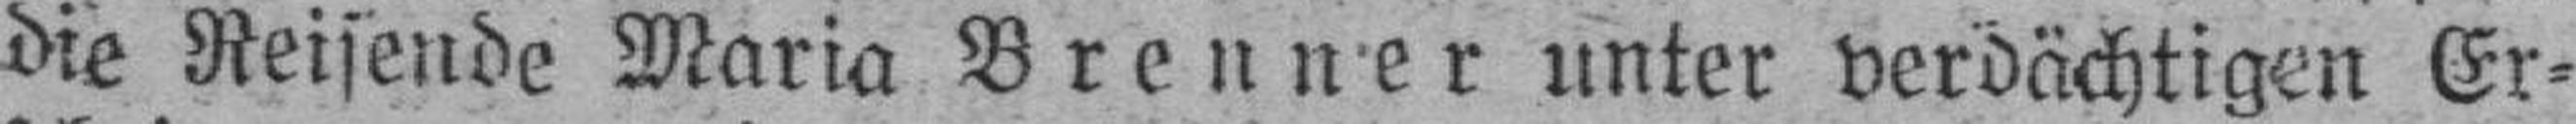
die Reisende Maria Brenner unter verdächtigen Er¬